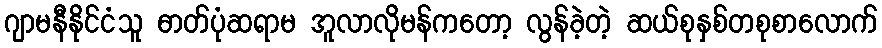
ဂျာမနီနိုင်ငံသူ ဓာတ်ပုံဆရာမ အူလာလိုမန်ကတော့ လွန်ခဲ့တဲ့ ဆယ်စုနှစ်တစုစာလောက်